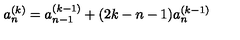
a _ { n } ^ { ( k ) } = a _ { n - 1 } ^ { ( k - 1 ) } + ( 2 k - n - 1 ) a _ { n } ^ { ( k - 1 ) }